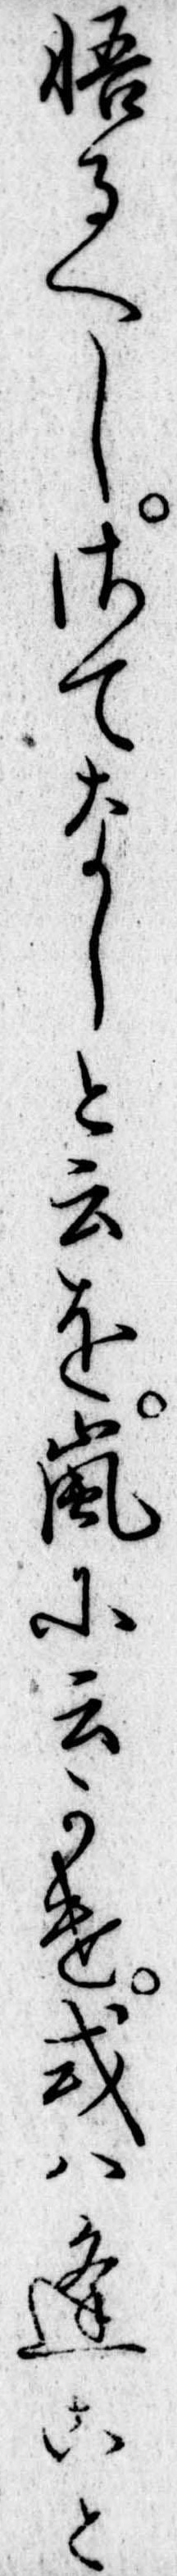
悟るへしさてなしと云を嵐に云かけ或は逢こと